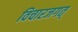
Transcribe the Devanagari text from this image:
विचारजगत्